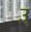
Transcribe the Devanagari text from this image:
उ्